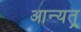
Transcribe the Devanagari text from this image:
आन्यत्र्